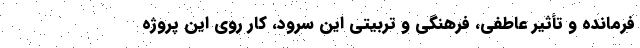
فرمانده و تأثیر عاطفی، فرهنگی و تربیتی این سرود، کار روی این پروژه